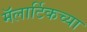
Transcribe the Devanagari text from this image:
मॅलार्टिकच्या